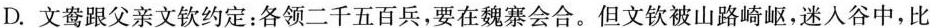
D. 文鸯跟父亲文钦约定：各领二千五百兵，要在魏寨会合。但文钦被山路崎岖，迷人谷中，比